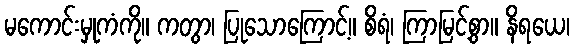
မကောင်းမှုကံကို။ ကတွာ၊ ပြုသောကြောင့်။ စိရံ၊ ကြာမြင့်စွာ။ နိရယေ၊